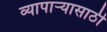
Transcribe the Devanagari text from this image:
व्यापार्‍यासाठी